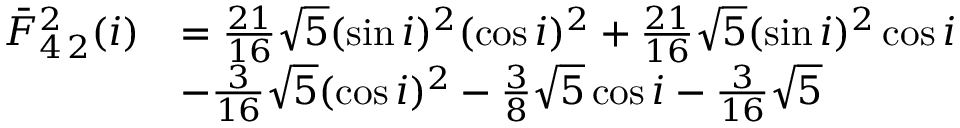
\begin{array} { r l } { \bar { F } _ { 4 \, 2 } ^ { 2 } ( i ) } & { = \frac { 2 1 } { 1 6 } \sqrt { 5 } ( \sin i ) ^ { 2 } ( \cos i ) ^ { 2 } + \frac { 2 1 } { 1 6 } \sqrt { 5 } ( \sin i ) ^ { 2 } \cos i } \\ & { - \frac { 3 } { 1 6 } \sqrt { 5 } ( \cos i ) ^ { 2 } - \frac { 3 } { 8 } \sqrt { 5 } \cos i - \frac { 3 } { 1 6 } \sqrt { 5 } } \end{array}